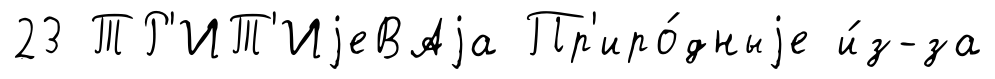
23 ТР'ИТ'ИjеВАjа Пр'иро́дныjе и́з-за